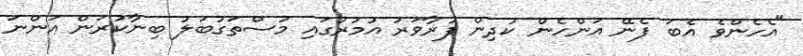
"އެހެންވެ އެބަ ފެނޭ އަންހެން ކުދިން ފުރާވަރު އުމުރުގައި މުސްތަގުބަލު ބިނާކުރަން އަންނަ